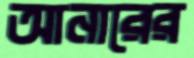
আনারের